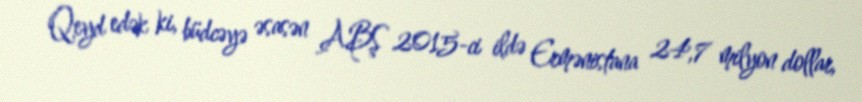
Qeyd edək ki, büdcəyə əsasən ABŞ 2015-ci ildə Ermənistana 24,7 milyon dollar,